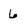
Character: 6